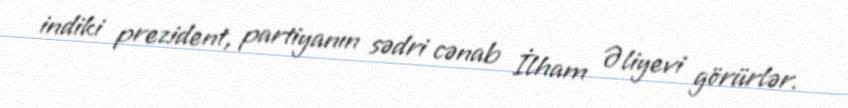
indiki prezident, partiyanın sədri cənab İlham Əliyevi görürlər.